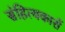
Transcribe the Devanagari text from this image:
संहित्यकारों